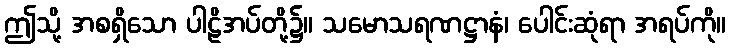
ဤသို့ အစရှိသော ပါဠိအပ်တို့၌။ သမောသရဏဋ္ဌာနံ၊ ပေါင်းဆုံရာ အရပ်ကို။